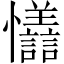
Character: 𪭇